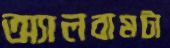
অ্যালবামটা